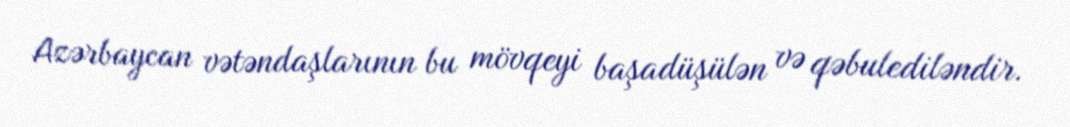
Azərbaycan vətəndaşlarının bu mövqeyi başadüşülən və qəbulediləndir.